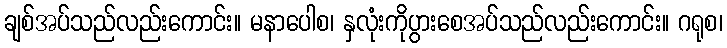
ချစ်အပ်သည်လည်းကောင်း။ မနာပေါစ၊ နှလုံးကိုပွားစေအပ်သည်လည်းကောင်း။ ဂရုစ၊